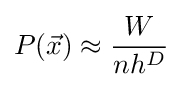
P({\vec {x}})\approx {\frac {W}{nh^{D}}}